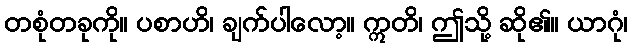
တစုံတခုကို။ ပစာဟိ၊ ချက်ပါလော့။ ဣတိ၊ ဤသို့ ဆို၏။ ယာဂုံ၊